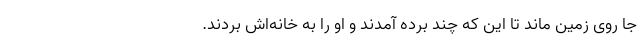
جا روی زمین ماند تا این که چند برده آمدند و او را به خانه‌اش بردند.